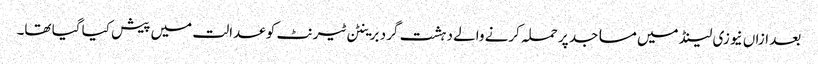
بعد ازاں نیوزی لینڈ میں مساجد پر حملہ کرنے والے دہشت گرد برینٹن ٹیرنٹ کو عدالت میں پیش کیا گیا تھا۔